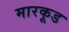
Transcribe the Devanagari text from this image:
मारकूड